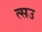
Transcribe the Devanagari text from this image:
त्सउ